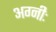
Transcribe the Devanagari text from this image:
अग्नीः